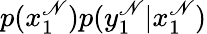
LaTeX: p(x_{1}^{\mathscr{N}})p(y_{1}^{\mathscr{N}}|x_{1}^{\mathscr{N}})